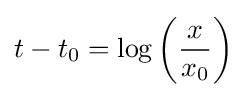
t-t_{0}=\log \left({\frac {x}{x_{0}}}\right)